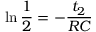
\ln { \frac { 1 } { 2 } } = - \frac { t _ { 2 } } { R C }